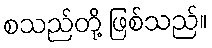
စသည်တို့ ဖြစ်သည်။